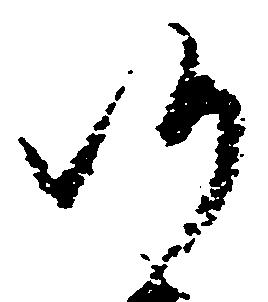
候